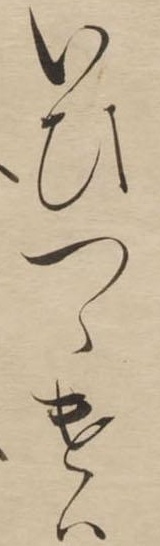
いひつゝけは